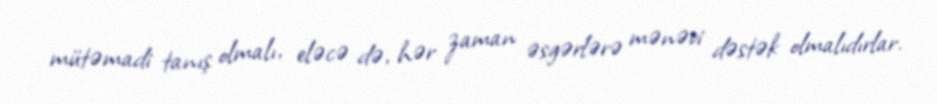
mütəmadi tanış olmalı, eləcə də, hər zaman əsgərlərə mənəvi dəstək olmalıdırlar.